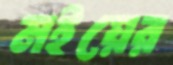
মইয়ের